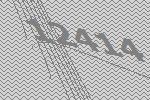
12414